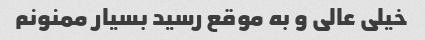
خیلی عالی و به موقع رسید بسیار ممنونم